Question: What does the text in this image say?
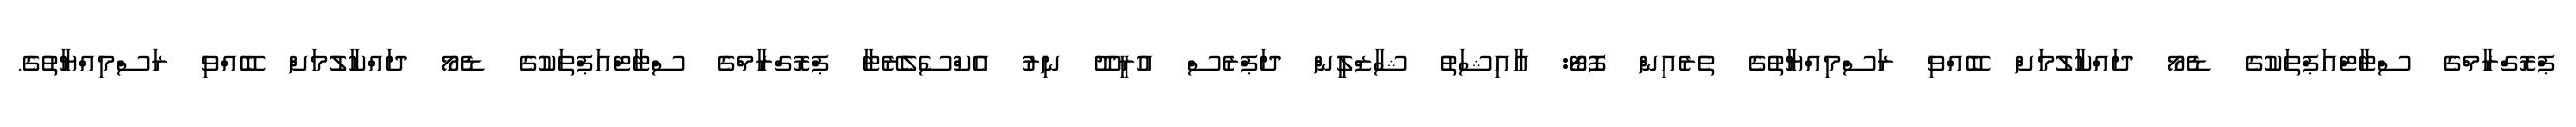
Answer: ޕްރޮގްރާމްގެ ސްޓާޓްއަޕްތަކުގެ ޑެމޯ ދައްކާލުމަށް ބޭއްވި ރަސްމިއްޔާތުގެ ތެރެއިން ފޮޓޯ: އާއިޝަތު ޝާޒްލީން ދަޕްރެސް އުރީދޫ ނިރު އެކްސެލެރޭޓާ ޕްރޮގްރާމްގެ ސްޓާޓްއަޕްތަކުގެ ޑެމޯ ދައްކާލުމަށް ބޭއްވި ރަސްމިއްޔާތުގެ.